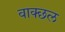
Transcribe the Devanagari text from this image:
वाक्छल